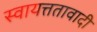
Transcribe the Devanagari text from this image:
स्वायत्ततावादी